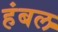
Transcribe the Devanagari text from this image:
हंबल